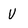
Character: U